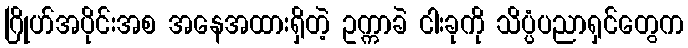
ဂြိုဟ်အပိုင်းအစ အနေအထားရှိတဲ့ ဥက္ကာခဲ ငါးခုကို သိပ္ပံပညာရှင်တွေက